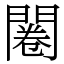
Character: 闂